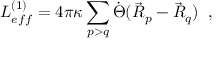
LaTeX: L _ { e f f } ^ { ( 1 ) } = 4 \pi \kappa \sum _ { p > q } \dot { \Theta } ( \vec { R } _ { p } - \vec { R } _ { q } ) \; \; ,